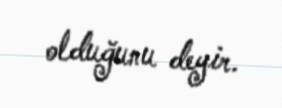
olduğunu deyir.